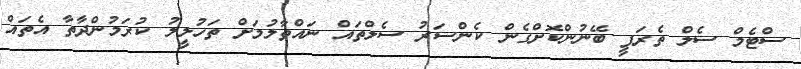
ސްޓެމް ސެލް ތެރަޕީ ބޭނުންކޮށްގެން ކެންސަރު ސެލްތައް ނައްތާލުމަށް ތަހުލީލު ކުރަމުންދާތާ އެތައް